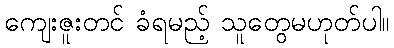
ကျေးဇူးတင် ခံရမည့် သူတွေမဟုတ်ပါ။